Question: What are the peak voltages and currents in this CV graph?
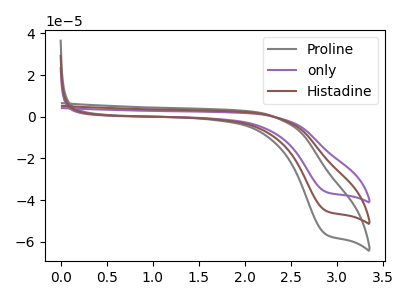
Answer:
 <answer>The gray curve "Proline" has a cathodic peak at: (2.90V, -56.50uA). The purple curve "only" has a cathodic peak at: (2.90V, -90.30uA). The brown curve "Histadine" has a cathodic peak at: (2.90V, -45.15uA).</answer>
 <eval></eval>